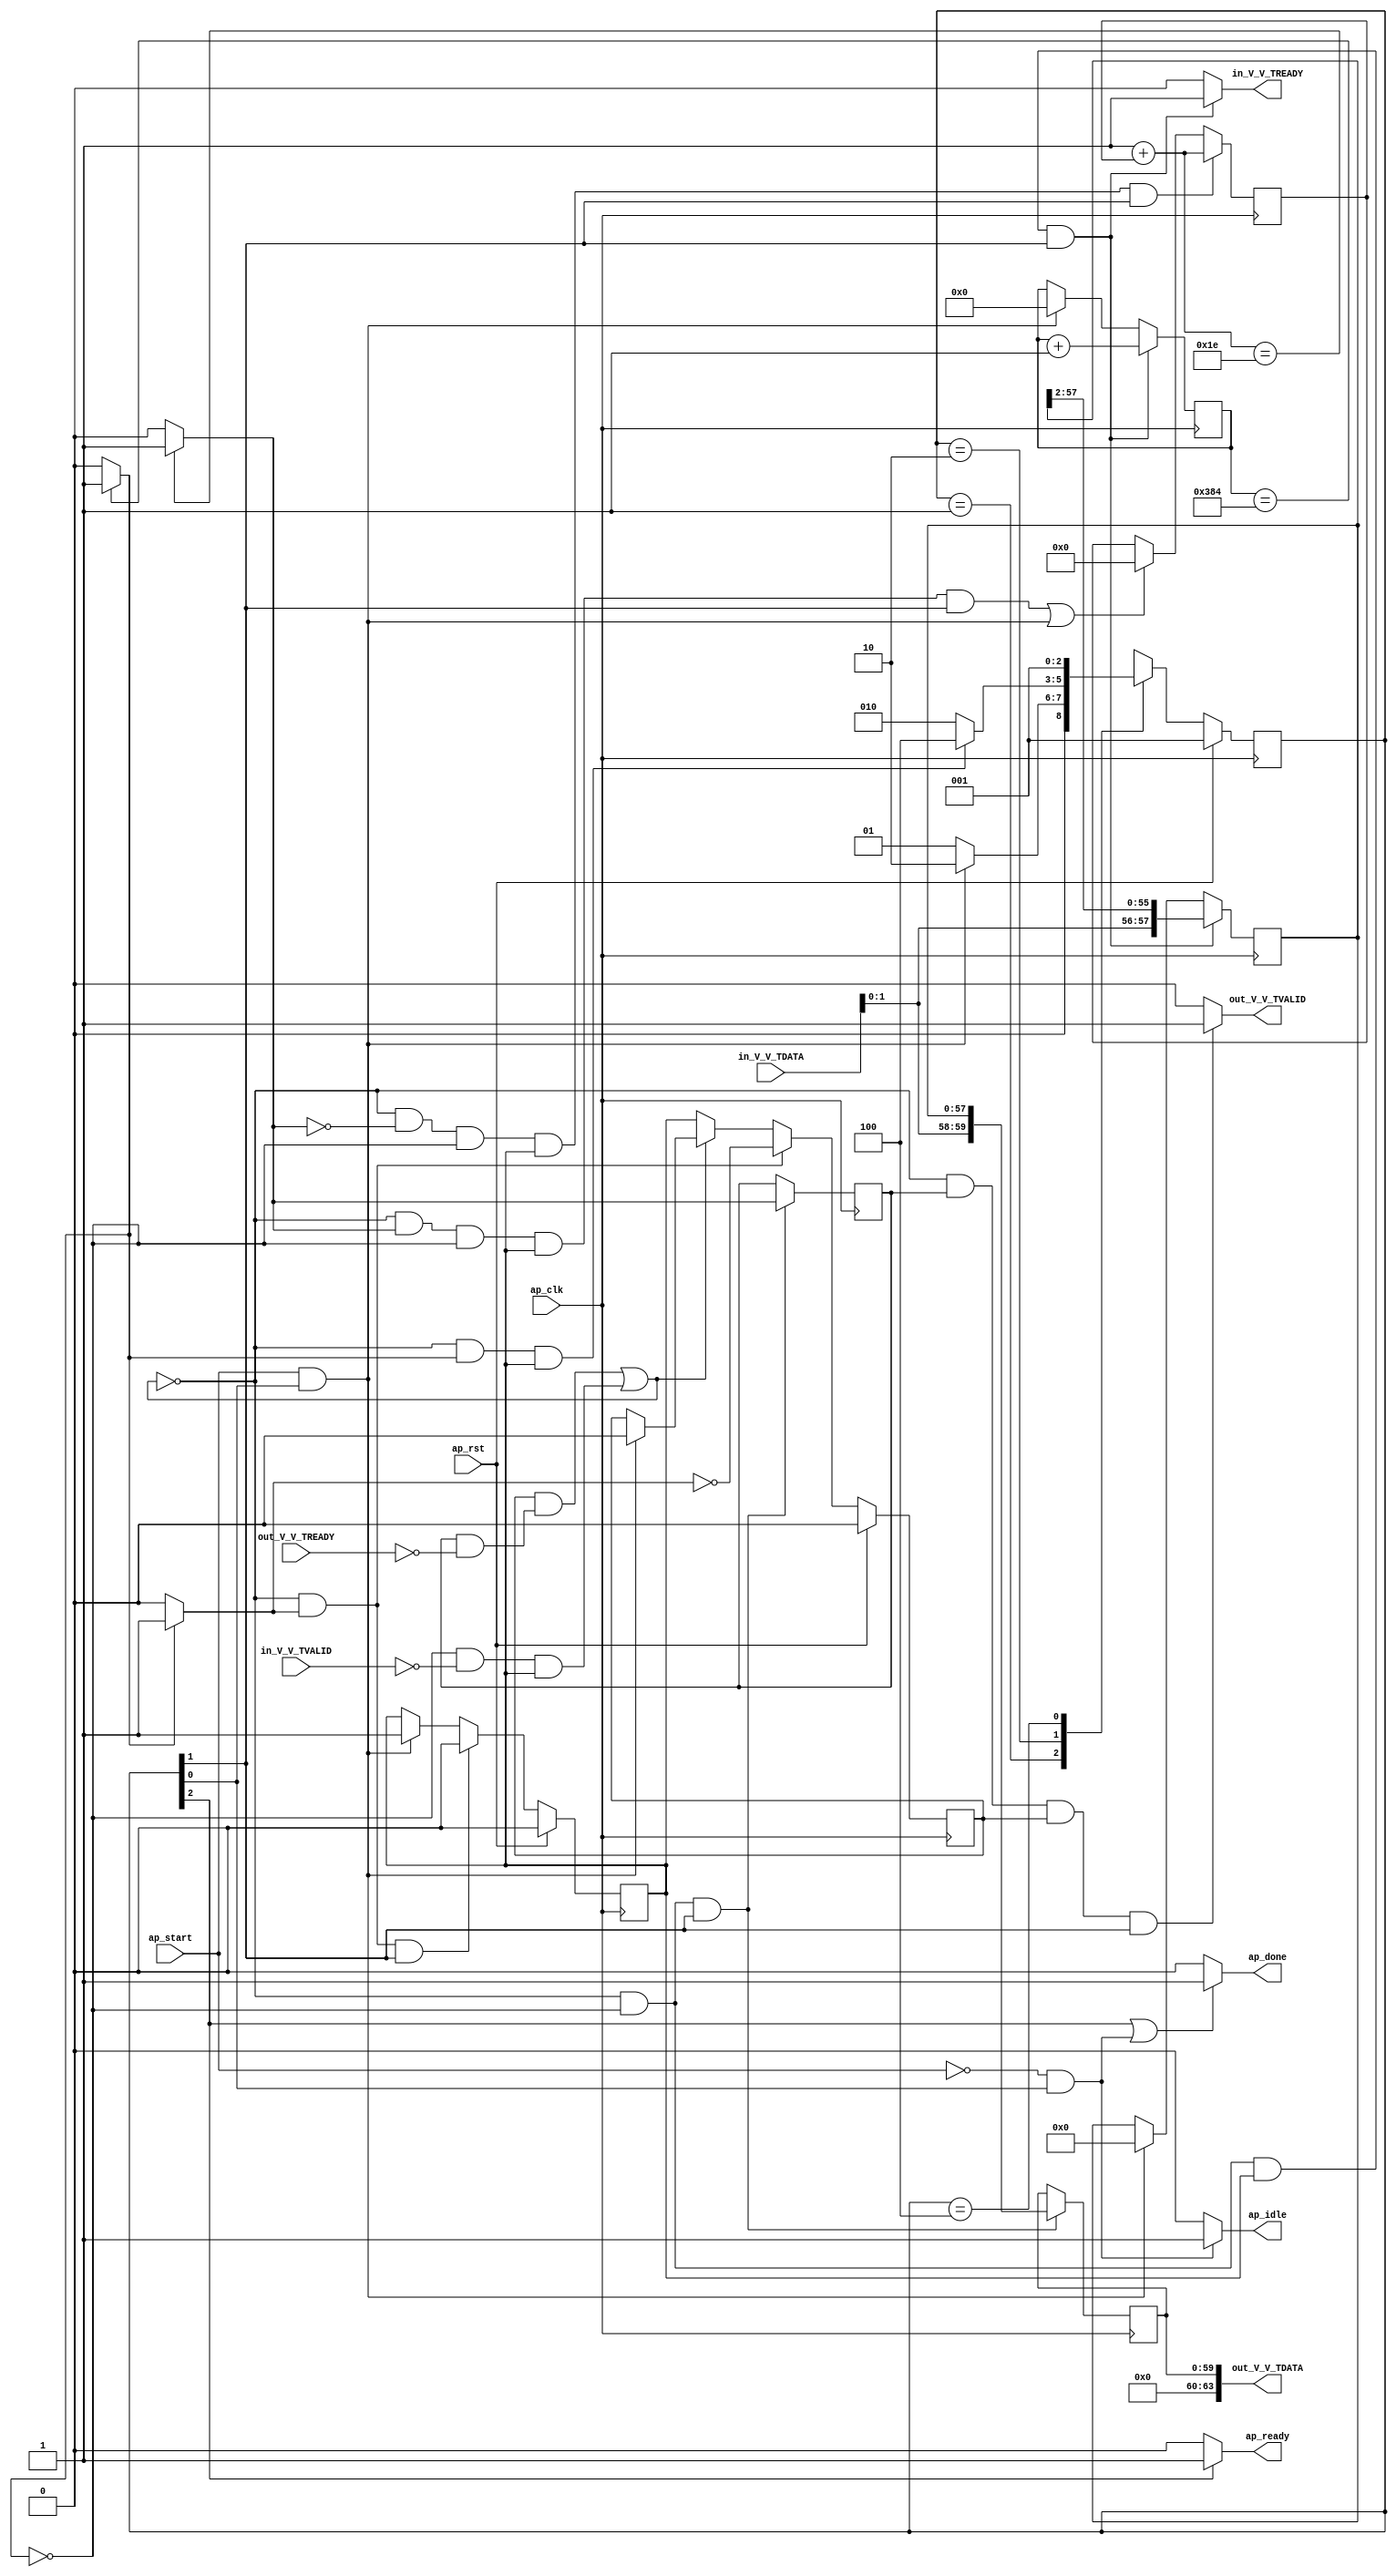
// ==============================================================
// RTL generated by Vivado(TM) HLS - High-Level Synthesis from C, C++ and OpenCL
// Version: 2020.1
// Copyright (C) 1986-2020 Xilinx, Inc. All Rights Reserved.
// 
// ===========================================================

`timescale 1 ns / 1 ps 

module StreamingDataWidthConverter_Batch_2_StreamingDataWidthCo_1 (
        ap_clk,
        ap_rst,
        ap_start,
        ap_done,
        ap_idle,
        ap_ready,
        in_V_V_TDATA,
        in_V_V_TVALID,
        in_V_V_TREADY,
        out_V_V_TDATA,
        out_V_V_TVALID,
        out_V_V_TREADY
);

parameter    ap_ST_fsm_state1 = 3'd1;
parameter    ap_ST_fsm_pp0_stage0 = 3'd2;
parameter    ap_ST_fsm_state4 = 3'd4;

input   ap_clk;
input   ap_rst;
input   ap_start;
output   ap_done;
output   ap_idle;
output   ap_ready;
input  [7:0] in_V_V_TDATA;
input   in_V_V_TVALID;
output   in_V_V_TREADY;
output  [63:0] out_V_V_TDATA;
output   out_V_V_TVALID;
input   out_V_V_TREADY;

reg ap_done;
reg ap_idle;
reg ap_ready;
reg in_V_V_TREADY;
reg out_V_V_TVALID;

(* fsm_encoding = "none" *) reg   [2:0] ap_CS_fsm;
wire    ap_CS_fsm_state1;
reg    in_V_V_TDATA_blk_n;
wire    ap_CS_fsm_pp0_stage0;
reg    ap_enable_reg_pp0_iter0;
wire    ap_block_pp0_stage0;
wire   [0:0] icmp_ln508_fu_96_p2;
reg    out_V_V_TDATA_blk_n;
reg    ap_enable_reg_pp0_iter1;
reg   [0:0] icmp_ln517_reg_183;
reg   [57:0] r_V_reg_69;
reg   [9:0] t_0_reg_80;
reg    ap_block_state2_pp0_stage0_iter0;
wire    ap_block_state3_pp0_stage0_iter1;
reg    ap_block_state3_io;
reg    ap_block_pp0_stage0_11001;
wire   [9:0] t_fu_102_p2;
wire   [59:0] p_Result_s_fu_115_p3;
reg   [59:0] p_Result_s_reg_178;
wire   [0:0] icmp_ln517_fu_129_p2;
wire   [57:0] trunc_ln_fu_150_p3;
reg    ap_block_pp0_stage0_subdone;
reg    ap_condition_pp0_exit_iter0_state2;
reg   [31:0] i_1_fu_52;
wire   [31:0] i_fu_123_p2;
reg    ap_block_pp0_stage0_01001;
wire   [1:0] tmp_V_fu_111_p1;
wire   [55:0] tmp_1_fu_140_p4;
wire    ap_CS_fsm_state4;
reg   [2:0] ap_NS_fsm;
reg    ap_idle_pp0;
wire    ap_enable_pp0;

// power-on initialization
initial begin
#0 ap_CS_fsm = 3'd1;
#0 ap_enable_reg_pp0_iter0 = 1'b0;
#0 ap_enable_reg_pp0_iter1 = 1'b0;
end

always @ (posedge ap_clk) begin
    if (ap_rst == 1'b1) begin
        ap_CS_fsm <= ap_ST_fsm_state1;
    end else begin
        ap_CS_fsm <= ap_NS_fsm;
    end
end

always @ (posedge ap_clk) begin
    if (ap_rst == 1'b1) begin
        ap_enable_reg_pp0_iter0 <= 1'b0;
    end else begin
        if (((1'b0 == ap_block_pp0_stage0_subdone) & (1'b1 == ap_condition_pp0_exit_iter0_state2) & (1'b1 == ap_CS_fsm_pp0_stage0))) begin
            ap_enable_reg_pp0_iter0 <= 1'b0;
        end else if (((ap_start == 1'b1) & (1'b1 == ap_CS_fsm_state1))) begin
            ap_enable_reg_pp0_iter0 <= 1'b1;
        end
    end
end

always @ (posedge ap_clk) begin
    if (ap_rst == 1'b1) begin
        ap_enable_reg_pp0_iter1 <= 1'b0;
    end else begin
        if (((1'b0 == ap_block_pp0_stage0_subdone) & (1'b1 == ap_condition_pp0_exit_iter0_state2))) begin
            ap_enable_reg_pp0_iter1 <= (1'b1 ^ ap_condition_pp0_exit_iter0_state2);
        end else if ((1'b0 == ap_block_pp0_stage0_subdone)) begin
            ap_enable_reg_pp0_iter1 <= ap_enable_reg_pp0_iter0;
        end else if (((ap_start == 1'b1) & (1'b1 == ap_CS_fsm_state1))) begin
            ap_enable_reg_pp0_iter1 <= 1'b0;
        end
    end
end

always @ (posedge ap_clk) begin
    if (((1'b0 == ap_block_pp0_stage0_11001) & (icmp_ln517_fu_129_p2 == 1'd0) & (icmp_ln508_fu_96_p2 == 1'd0) & (ap_enable_reg_pp0_iter0 == 1'b1) & (1'b1 == ap_CS_fsm_pp0_stage0))) begin
        i_1_fu_52 <= i_fu_123_p2;
    end else if ((((1'b0 == ap_block_pp0_stage0_11001) & (icmp_ln517_fu_129_p2 == 1'd1) & (icmp_ln508_fu_96_p2 == 1'd0) & (ap_enable_reg_pp0_iter0 == 1'b1) & (1'b1 == ap_CS_fsm_pp0_stage0)) | ((ap_start == 1'b1) & (1'b1 == ap_CS_fsm_state1)))) begin
        i_1_fu_52 <= 32'd0;
    end
end

always @ (posedge ap_clk) begin
    if (((1'b0 == ap_block_pp0_stage0_11001) & (icmp_ln508_fu_96_p2 == 1'd0) & (ap_enable_reg_pp0_iter0 == 1'b1) & (1'b1 == ap_CS_fsm_pp0_stage0))) begin
        r_V_reg_69 <= trunc_ln_fu_150_p3;
    end else if (((ap_start == 1'b1) & (1'b1 == ap_CS_fsm_state1))) begin
        r_V_reg_69 <= 58'd0;
    end
end

always @ (posedge ap_clk) begin
    if (((1'b0 == ap_block_pp0_stage0_11001) & (icmp_ln508_fu_96_p2 == 1'd0) & (ap_enable_reg_pp0_iter0 == 1'b1) & (1'b1 == ap_CS_fsm_pp0_stage0))) begin
        t_0_reg_80 <= t_fu_102_p2;
    end else if (((ap_start == 1'b1) & (1'b1 == ap_CS_fsm_state1))) begin
        t_0_reg_80 <= 10'd0;
    end
end

always @ (posedge ap_clk) begin
    if (((1'b0 == ap_block_pp0_stage0_11001) & (icmp_ln508_fu_96_p2 == 1'd0) & (1'b1 == ap_CS_fsm_pp0_stage0))) begin
        icmp_ln517_reg_183 <= icmp_ln517_fu_129_p2;
        p_Result_s_reg_178 <= p_Result_s_fu_115_p3;
    end
end

always @ (*) begin
    if ((icmp_ln508_fu_96_p2 == 1'd1)) begin
        ap_condition_pp0_exit_iter0_state2 = 1'b1;
    end else begin
        ap_condition_pp0_exit_iter0_state2 = 1'b0;
    end
end

always @ (*) begin
    if (((1'b1 == ap_CS_fsm_state4) | ((ap_start == 1'b0) & (1'b1 == ap_CS_fsm_state1)))) begin
        ap_done = 1'b1;
    end else begin
        ap_done = 1'b0;
    end
end

always @ (*) begin
    if (((ap_start == 1'b0) & (1'b1 == ap_CS_fsm_state1))) begin
        ap_idle = 1'b1;
    end else begin
        ap_idle = 1'b0;
    end
end

always @ (*) begin
    if (((ap_enable_reg_pp0_iter1 == 1'b0) & (ap_enable_reg_pp0_iter0 == 1'b0))) begin
        ap_idle_pp0 = 1'b1;
    end else begin
        ap_idle_pp0 = 1'b0;
    end
end

always @ (*) begin
    if ((1'b1 == ap_CS_fsm_state4)) begin
        ap_ready = 1'b1;
    end else begin
        ap_ready = 1'b0;
    end
end

always @ (*) begin
    if (((icmp_ln508_fu_96_p2 == 1'd0) & (1'b0 == ap_block_pp0_stage0) & (ap_enable_reg_pp0_iter0 == 1'b1) & (1'b1 == ap_CS_fsm_pp0_stage0))) begin
        in_V_V_TDATA_blk_n = in_V_V_TVALID;
    end else begin
        in_V_V_TDATA_blk_n = 1'b1;
    end
end

always @ (*) begin
    if (((1'b0 == ap_block_pp0_stage0_11001) & (icmp_ln508_fu_96_p2 == 1'd0) & (ap_enable_reg_pp0_iter0 == 1'b1) & (1'b1 == ap_CS_fsm_pp0_stage0))) begin
        in_V_V_TREADY = 1'b1;
    end else begin
        in_V_V_TREADY = 1'b0;
    end
end

always @ (*) begin
    if (((icmp_ln517_reg_183 == 1'd1) & (1'b0 == ap_block_pp0_stage0) & (ap_enable_reg_pp0_iter1 == 1'b1) & (1'b1 == ap_CS_fsm_pp0_stage0))) begin
        out_V_V_TDATA_blk_n = out_V_V_TREADY;
    end else begin
        out_V_V_TDATA_blk_n = 1'b1;
    end
end

always @ (*) begin
    if (((1'b0 == ap_block_pp0_stage0_11001) & (icmp_ln517_reg_183 == 1'd1) & (ap_enable_reg_pp0_iter1 == 1'b1) & (1'b1 == ap_CS_fsm_pp0_stage0))) begin
        out_V_V_TVALID = 1'b1;
    end else begin
        out_V_V_TVALID = 1'b0;
    end
end

always @ (*) begin
    case (ap_CS_fsm)
        ap_ST_fsm_state1 : begin
            if (((ap_start == 1'b1) & (1'b1 == ap_CS_fsm_state1))) begin
                ap_NS_fsm = ap_ST_fsm_pp0_stage0;
            end else begin
                ap_NS_fsm = ap_ST_fsm_state1;
            end
        end
        ap_ST_fsm_pp0_stage0 : begin
            if (~((1'b0 == ap_block_pp0_stage0_subdone) & (icmp_ln508_fu_96_p2 == 1'd1) & (ap_enable_reg_pp0_iter0 == 1'b1))) begin
                ap_NS_fsm = ap_ST_fsm_pp0_stage0;
            end else if (((1'b0 == ap_block_pp0_stage0_subdone) & (icmp_ln508_fu_96_p2 == 1'd1) & (ap_enable_reg_pp0_iter0 == 1'b1))) begin
                ap_NS_fsm = ap_ST_fsm_state4;
            end else begin
                ap_NS_fsm = ap_ST_fsm_pp0_stage0;
            end
        end
        ap_ST_fsm_state4 : begin
            ap_NS_fsm = ap_ST_fsm_state1;
        end
        default : begin
            ap_NS_fsm = 'bx;
        end
    endcase
end

assign ap_CS_fsm_pp0_stage0 = ap_CS_fsm[32'd1];

assign ap_CS_fsm_state1 = ap_CS_fsm[32'd0];

assign ap_CS_fsm_state4 = ap_CS_fsm[32'd2];

assign ap_block_pp0_stage0 = ~(1'b1 == 1'b1);

always @ (*) begin
    ap_block_pp0_stage0_01001 = ((icmp_ln508_fu_96_p2 == 1'd0) & (in_V_V_TVALID == 1'b0) & (ap_enable_reg_pp0_iter0 == 1'b1));
end

always @ (*) begin
    ap_block_pp0_stage0_11001 = (((ap_enable_reg_pp0_iter1 == 1'b1) & (1'b1 == ap_block_state3_io)) | ((icmp_ln508_fu_96_p2 == 1'd0) & (in_V_V_TVALID == 1'b0) & (ap_enable_reg_pp0_iter0 == 1'b1)));
end

always @ (*) begin
    ap_block_pp0_stage0_subdone = (((ap_enable_reg_pp0_iter1 == 1'b1) & (1'b1 == ap_block_state3_io)) | ((icmp_ln508_fu_96_p2 == 1'd0) & (in_V_V_TVALID == 1'b0) & (ap_enable_reg_pp0_iter0 == 1'b1)));
end

always @ (*) begin
    ap_block_state2_pp0_stage0_iter0 = ((icmp_ln508_fu_96_p2 == 1'd0) & (in_V_V_TVALID == 1'b0));
end

always @ (*) begin
    ap_block_state3_io = ((icmp_ln517_reg_183 == 1'd1) & (out_V_V_TREADY == 1'b0));
end

assign ap_block_state3_pp0_stage0_iter1 = ~(1'b1 == 1'b1);

assign ap_enable_pp0 = (ap_idle_pp0 ^ 1'b1);

assign i_fu_123_p2 = (32'd1 + i_1_fu_52);

assign icmp_ln508_fu_96_p2 = ((t_0_reg_80 == 10'd900) ? 1'b1 : 1'b0);

assign icmp_ln517_fu_129_p2 = ((i_fu_123_p2 == 32'd30) ? 1'b1 : 1'b0);

assign out_V_V_TDATA = p_Result_s_reg_178;

assign p_Result_s_fu_115_p3 = {{tmp_V_fu_111_p1}, {r_V_reg_69}};

assign t_fu_102_p2 = (t_0_reg_80 + 10'd1);

assign tmp_1_fu_140_p4 = {{r_V_reg_69[57:2]}};

assign tmp_V_fu_111_p1 = in_V_V_TDATA[1:0];

assign trunc_ln_fu_150_p3 = {{tmp_V_fu_111_p1}, {tmp_1_fu_140_p4}};

endmodule //StreamingDataWidthConverter_Batch_2_StreamingDataWidthCo_1